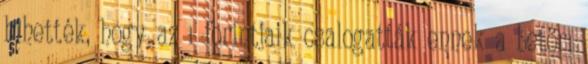
hihették, hogy az ı forintjaik csalogatták ennek a betörı